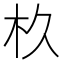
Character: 杦